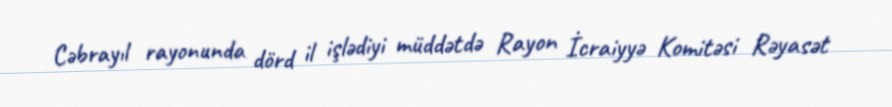
Cəbrayıl rayonunda dörd il işlədiyi müddətdə Rayon İcraiyyə Komitəsi Rəyasət